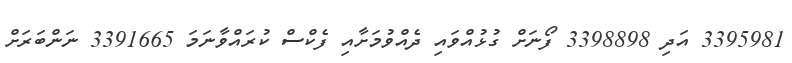
3395981 އަދި 3398898 ފޯނަށް ގުޅުއްވައި ދެއްވުމަށާއި ފެކްސް ކުރައްވާނަމަ 3391665 ނަންބަރަށް